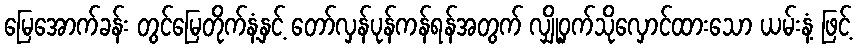
မြေအောက်ခန်း တွင်မြေတိုက်နံ့နှင့် တော်လှန်ပုန်ကန်ရန်အတွက် လျှို့ဝှက်သိုလှောင်ထားသော ယမ်းနံ့ ဖြင့်